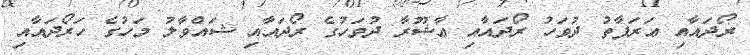
ރޯދައާއި ޢަރަފާތު ދުވަހު ރޯދައާއި ޢާޝޫރާ ދުވަހުގެ ރޯދައާއި ޝައްވާލު މަހުގެ ހަރޯދައާއި